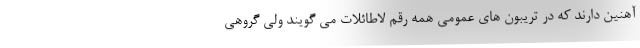
آهنین دارند که در تریبون های عمومی همه رقم لاطائلات می گویند ولی گروهی